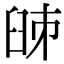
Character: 𦥥